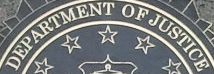
DEPARTMENT OF JUSTICE